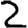
Digit: 2